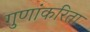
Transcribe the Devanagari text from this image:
गुणांकरिता